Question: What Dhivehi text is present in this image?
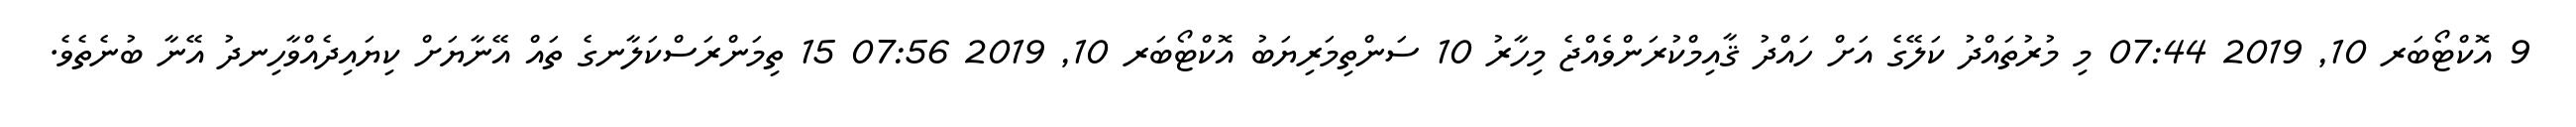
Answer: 9 އޮކްޓޯބަރ 10, 2019 07:44 މި މުރުތައްދު ކަލޭގެ އަށް ހައްދު ޤާއިމްކުރަންވެއްޖެ މިހާރު 10 ސަންތިމަރިޔަބު އޮކްޓޯބަރ 10, 2019 07:56 15 ތިމަންރަސްކަލާނގެ ތައް އޭނާޔަށް ކިޔައިދެއްވާހިނދު އޭނާ ބުނެތެވެ.